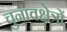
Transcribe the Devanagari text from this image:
चुनावक्षेत्रों